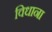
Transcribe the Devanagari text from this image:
विधाना